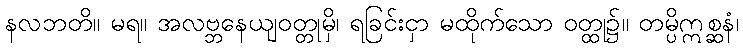
နလဘတိ။ မရ။ အလဗ္ဘနေယျဝတ္တုမှိ၊ ရခြင်းငှာ မထိုက်သော ဝတ္ထု၌။ တမ္ပိဣစ္ဆနံ၊